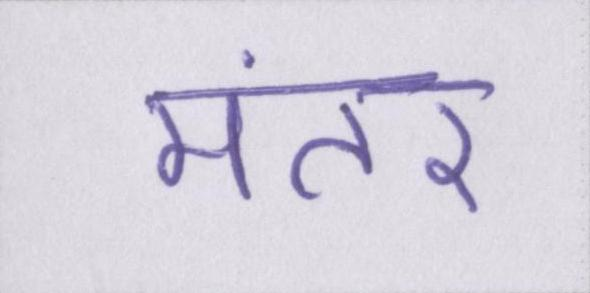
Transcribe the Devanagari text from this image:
मंतर